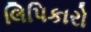
લિપિકારો